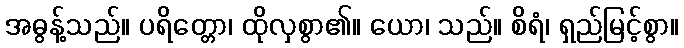
အဓွန့်သည်။ ပရိတ္တော၊ ထိုလှစွာ၏။ ယော၊ သည်။ စိရံ၊ ရှည်မြင့်စွာ။